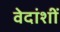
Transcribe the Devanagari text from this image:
वेदांशीं